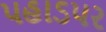
પહાડપર